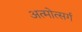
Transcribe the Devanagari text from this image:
अत्मोत्सर्ग